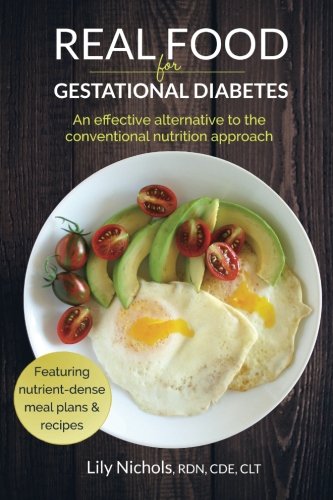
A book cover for Real Food for Gestational Diabetes: An Effective Alternative to the Conventional Nutrition Approach; Lily Nichols; Parenting & Relationships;